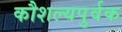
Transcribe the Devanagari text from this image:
कौशल्यपुर्वक